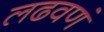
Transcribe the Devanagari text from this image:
लढवणं